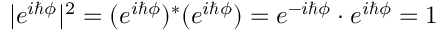
| e ^ { i \hbar \phi } | ^ { 2 } = ( e ^ { i \hbar \phi } ) ^ { * } ( e ^ { i \hbar \phi } ) = e ^ { - i \hbar \phi } \cdot e ^ { i \hbar \phi } = 1